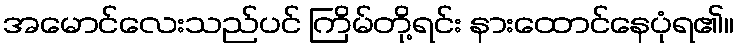
အမောင်လေးသည်ပင် ကြိမ်တို့ရင်း နားထောင်နေပုံရ၏။